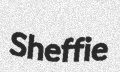
Sheffie